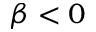
\beta < 0